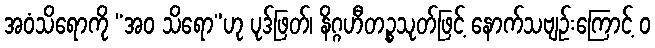
အဝံသိရောကို “အဝ သိရော”ဟု ပုဒ်ဖြတ်၊ နိဂ္ဂဟီတဉ္စသုတ်ဖြင့် နောက်သဗျဉ်းကြောင့် ဝ